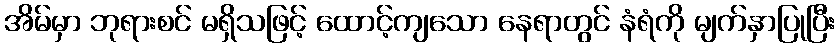
အိမ်မှာ ဘုရားစင် မရှိသဖြင့် ထောင့်ကျသော နေရာတွင် နံရံကို မျက်နှာပြုပြီး